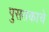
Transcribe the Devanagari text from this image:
पुसतकाचे